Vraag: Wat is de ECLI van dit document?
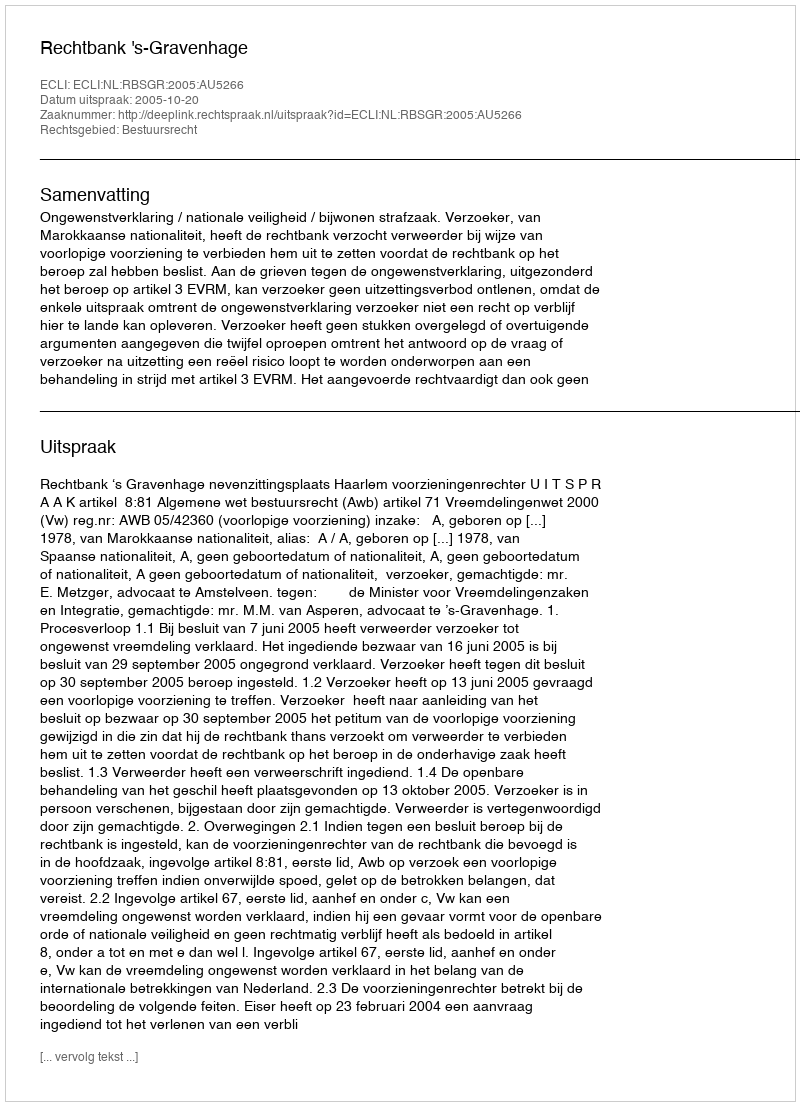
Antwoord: ECLI:NL:RBSGR:2005:AU5266